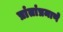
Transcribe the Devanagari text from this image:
प्रांतांप्रमाणे